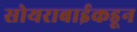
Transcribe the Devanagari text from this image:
सोयराबाईकडून